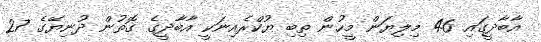
އާބާދީގައި 46 މިލިޔަން މީހުން ތިބި ޔުކްރެއިނަކީ އާބާދީގެ ގޮތުން ދުނިޔޭގެ 27